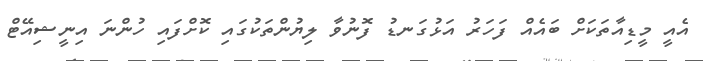
އެއީ މީޑިއާތަކަށް ބައެއް ފަހަރު އަޅުގަނޑު ފޮނުވާ ލިޔުންތަކުގައި ކޮށްފައި ހުންނަ އިނީޝިއޭޓް